Report on sanitation, dispensaries, and jails in Rajputana for 1913, and on vaccination for the year 1913-1914 - 1913-1914
Year: 1913
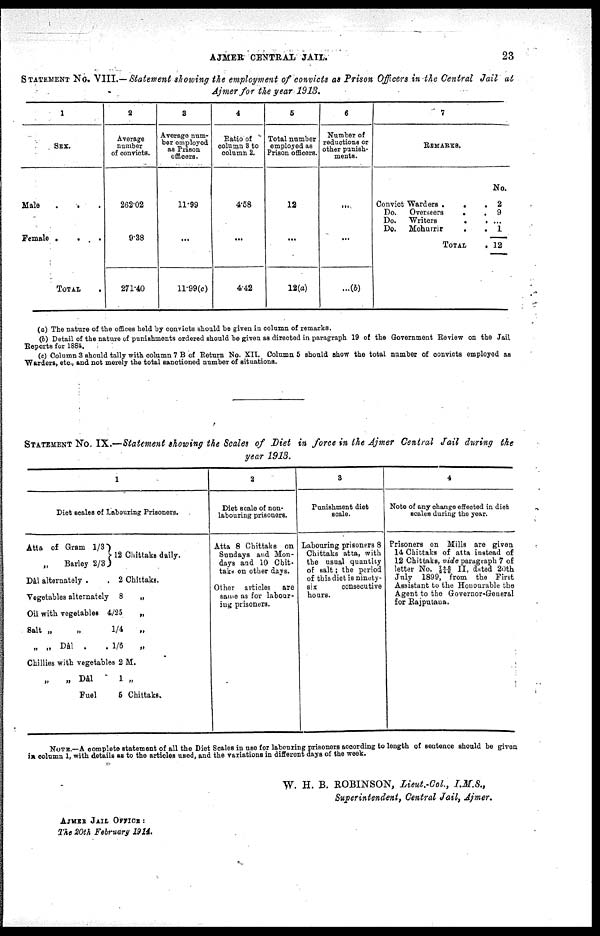
AJMER CENTRAL JAIL.
23
STATEMENT No. VIII.— Statement showing the employment of convicts as Prison Officers in the Central Jail at
Ajmer for the year 1913.
1
SEX.
Male . . .
Female .
.
.
TOTAL .
2
Average
number
of convicts.
262.02
9.38
271.40
3
Average num-
ber employed
as Prison
officers.
11.99
...
11.99(c)
4
Ratio of
column 3 to
column 2.
4.58
...
4.42
5
Total number
employed as
Prison officers.
12
...
12(a)
6
Number of
reductions or
other punish-
ments.
...
...
...(b)
7
REMARKS.
Convict Wardera .
.
.
Do.
Overseers
.
.
Do.
Writers . .
Do.
Mohurrir
.
.
TOTAL .
No.
2
9
...
1
12
(a) The nature of the offices held by convicts should be given in column of remarks.
(b) Detail of the nature of punishments ordered should be given as directed in paragraph 19 of the Government Review on the Jail
Reports for 1884.
(c) Column 3 should tally with column 7 B of Return No. XII. Column 5 should show the total number of convicts employed as
Warders, etc., and not merely the total sanctioned number of situations.
STATEMENT No. IX.—Statement showing the Scales of Diet in force in the Ajmer Central Jail during the
year 1913.
1
Diet scales of Labouring Prisoners.
Atta of Gram 1/3
„ Barley 2/3
12 Chittaks daily.
Dâl alternately .
. 2 Chittaks.
Vegetables alternately 8
„
Oil with vegetables 4/25
„
Salt „
„
1/4
„
„ „ Dal .
. 1/6
„
Chillies with vegetables 2 M.
„
„ Dâl
1 „
Fuel
5 Chittaks.
2
Diet scale of non¬
labouring prisoners.
Atta 8 Chittaks on
Sundays and Mon-
days and 10 Chit¬
taks on other days.
Other articles
are
same as for labour¬
ing prisoners.
3
Panishment diet
scale.
Labouring prisoners 8
Chittaks atta, with
the usual quantity
of salt; the period
of this diet is ninety¬
six
consecutive
hours.
4
Note of any change effected in diet
scales during the year.
Prisoners on Mills are given
14 Chittaks of atta instead of
12 Chittaks, vide paragraph 7 of
letter No. 745/248 II, dated 20th
July 1899, from the First
Assistant to the Honourable the
Agent to the Governor-General
for Rajputana.
NOTE.—A complete statement of all the Diet Scales in use for labouring prisoners according to length of sentence should be given
in column 1, with details as to the articles used, and the variations in different days of the week.
W. H. B. ROBINSON, Lieut.-Col.,
I.M.S.,
Superintendent, Central Jail, Ajmer.
AJMER JAIL OFFICE:
The 20th February 1914.